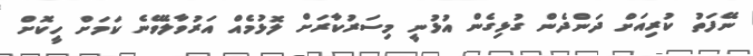
ނޭފަތު ކުރިއަށް ދަންދެން ގުޅިގެން އުޅުނީ މިސަރުކާރަށް ލޮޅުމެއް އަރުވާލެވޭނެ ކަމަށް ހީކޮށް